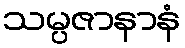
သမ္ပဇာနာနံ